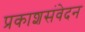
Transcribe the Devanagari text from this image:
प्रकाशसंवेदन